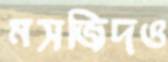
মসজিদও